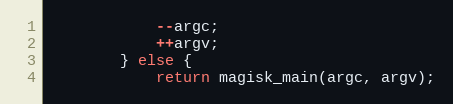
Language: C++
            --argc;
            ++argv;
        } else {
            return magisk_main(argc, argv);